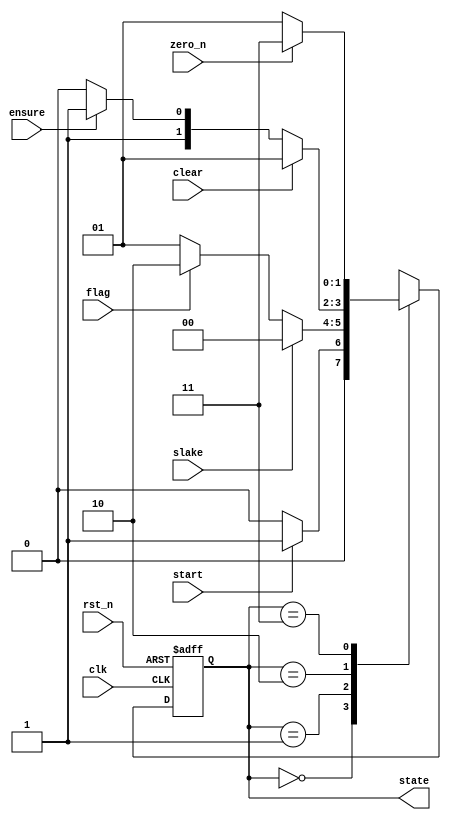
`timescale 1ns / 1ps
//////////////////////////////////////////////////////////////////////////////////
// Company: 
// Engineer: 
// 
// Design Name: 
// Module Name: CoreState
// Project Name: 
// Target Devices: 
// Tool Versions: 
// Description: 
// 
// Dependencies: 
// 
// Revision:
// Revision 0.01 - File Created
// Additional Comments:
// 
//////////////////////////////////////////////////////////////////////////////////



    
module CoreState
(
    input wire        clk,
    input wire        rst_n,
    input wire        slake, start, flag, clear, zero_n , ensure ,
    output reg  [1:0] state
);

    // Declare state register
    

    // Declare states
    parameter INITIAL = 0, ZERO = 1, COIN = 2, COUNTDOWN = 3;

    // Determine the next state synchronously, based on the
    // current state and the input
    always @ (posedge clk or negedge rst_n) 
    begin
        if (!rst_n)
            state <= INITIAL;
        else
            case (state)
                INITIAL:
                    if (start)
                        begin
                            state <=  ZERO;
                        end
                    else
                        begin
                            state <= INITIAL;
                        end
               ZERO:
                    if (slake)
                        begin
                            state <=  INITIAL;
                        end
                    else if(flag)
                        begin
                            state <= COIN;
                        end   
                    else
                        begin
                            state <= ZERO;
                        end  
              COIN:
                    if (clear)
                        begin
                            state <=  ZERO;
                        end
                    else if(ensure)
                        begin
                            state <= COUNTDOWN;
                        end   
                    else
                        begin
                            state <= COIN;
                        end             
             COUNTDOWN:
                    if (!zero_n)
                        begin
                            state <=  ZERO;
                        end 
                    else
                        begin
                            state <= COUNTDOWN;
                        end       
                                   
            endcase
    end
endmodule
    // Determine the output based only on the current state
    // and the input (do not wait for a clock edge).
//    always @ (state or in)
//    begin
//            case (state)
//                S0:
//                    if (in)
//                    begin
//                        out = 2'b00;
//                    end
//                    else
//                    begin
//                        out = 2'b10;
//                    end
//                S1:
//                    if (in)
//                    begin
//                        out = 2'b01;
//                    end
//                    else
//                    begin
//                        out = 2'b00;
//                    end
//                S2:
//                    if (in)
//                    begin
//                        out = 2'b10;
//                    end
//                    else
//                    begin
//                        out = 2'b01;
//                    end
//                S3:
//                    if (in)
//                    begin
//                        out = 2'b11;
//                    end
//                    else
//                    begin
//                        out = 2'b00;
//                    end
//            endcase
//    end